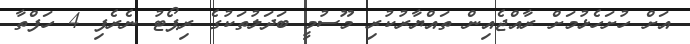
އަށް ހުށަހެޅުމަށް ރާއްޖެއިން ތައްޔާރުކުރި މޫސުމީ ބަދަލުތަކުގެ ރިޕޯޓު ނެރެފި 4 ހަފްތާ